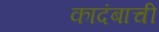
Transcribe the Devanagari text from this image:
कादंबाची